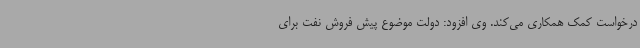
درخواست کمک همکاری می‌کند. وی افزود: دولت موضوع پیش فروش نفت برای